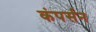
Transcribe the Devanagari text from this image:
कंपर्सन